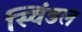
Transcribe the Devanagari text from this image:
स्विंडल